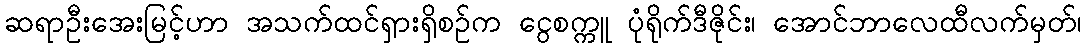
ဆရာဦးအေးမြင့်ဟာ အသက်ထင်ရှားရှိစဉ်က ငွေစက္ကူ ပုံရိုက်ဒီဇိုင်း၊ အောင်ဘာလေထီလက်မှတ်၊